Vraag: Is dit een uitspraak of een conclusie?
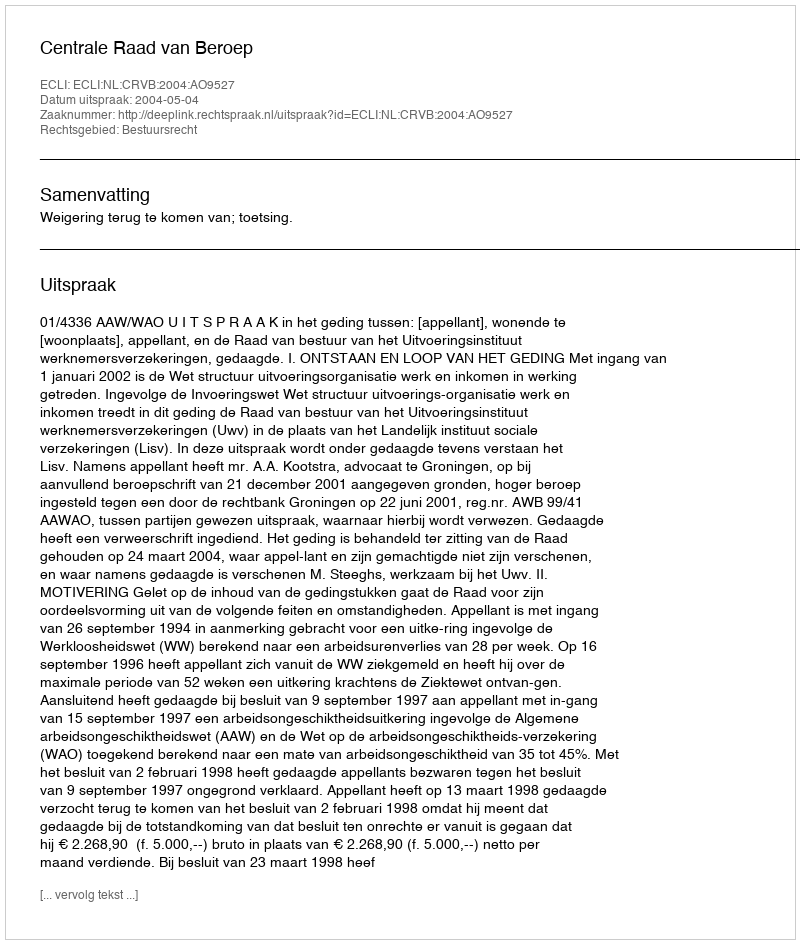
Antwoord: Uitspraak